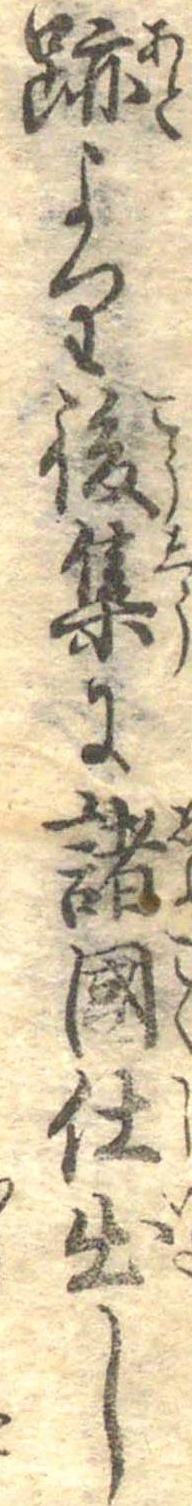
跡より後集に諸国仕出し